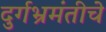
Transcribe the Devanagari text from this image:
दुर्गभ्रमंतीचे